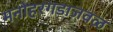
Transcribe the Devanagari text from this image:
मनोहरगडाजवळ